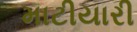
માટીયારી